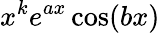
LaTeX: x^{k}e^{ax}\cos(bx)